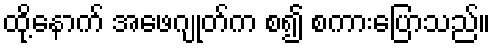
ထို့နောက် အဖေဂျုတ်က စ၍ စကားပြောသည်။